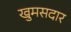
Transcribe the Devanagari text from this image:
खुमसदार